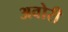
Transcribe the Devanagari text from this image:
अवोरी